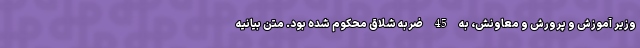
وزیر آموزش و پرورش و معاونش، به 45 ضربه شلاق محکوم شده بود. متن بیانیه